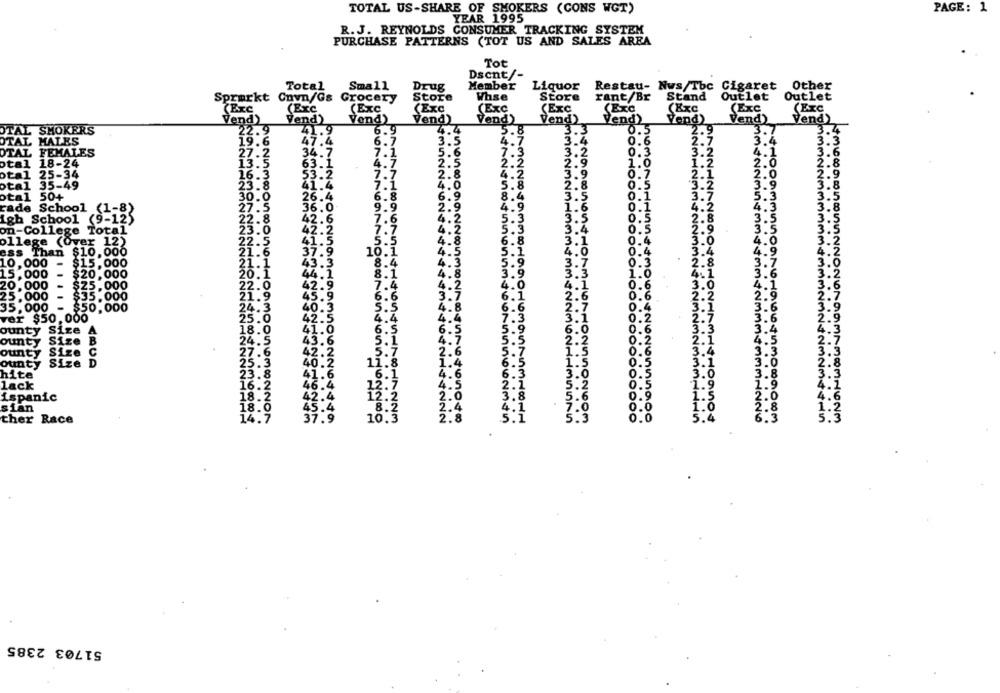
TOTAL US-SHARE OF SMOKERS (CONS WGT)
PAGE: 1
YEAR 1995
R. J. REYNOLDS CONSUMER TRACKING SYSTEM
PURCHASE PATTERNS (TOT US AND SALES AREA
Tot
Dscnt/-
Total
Small
Drug
Member
Liquor
Restau- Nws/Tbc Cigaret
Other
Store
Whse
Store
rant/Br
Stand
Outlet
Outlet
Sprarkt Cnvn/Gs Grocery
(Exc
(Exc
(Exc
(Exc
(Exc
(Exc
Exc
(Exc
(ExC
(Exc
Vend)
Vend)
Vend)
Vend)
Vend)
Vend)
Vend)
Vend)
Vend)
Vend)
OTAL SMOKERS
22.9
441.9
6.9
5.
3
33
0.5
2.9
3.7
3.4
7
3.4
OTAL MALES
19.6
47.4
6.7
3.5
0.6
2.7
3.3
OTAL FEMALES
27.2
34.7
7.1
5.6
7.3
3.2
0.3
3.2
3.6
otal 18-24
13.5
63.1
4.7
2.5
:2
2.9
1.0
1.2
2.0
2.8
3.9
2.1
otal 25-34
16.3
53.2
7.7
2.8
0.7
2.0
otal 35-49
23.8
41.4
7.1
4.0
5.8
2.8
0.5
3.2
3.9
otal 50+
30.0
26.4
6.8
6.9
8.
3.5
0.1
3.
27.5
36.0
9.9
2.9
4.
0.1
4.2
4.3
.8
rade School (1-8)
1.6
igh School (9-12)
22.8
42.6
7.6
4.
3.5
0 .!
1.8
3.
3.5
42.2
4.
3.4
3.3
on-College Total
23.0
ollege (Over 12)
22.5
41.5
4.8
6.8
3.1
4.0
3.5
4.5
.4
4.5
ess Than
$10,000
21.6
7.9
10.1
5.1
4.0
10,000
$15.000
21.1
43.3
8.4
4.
3.7
2.8
3.7
3.0
3.3
15,000
$20,000
8.1
1.9
3
4.1
3.6
2
4.0
0.6
3.0
4
20,000
$25,000
7.4
25.000
$35.000
21.9
5
6.6
6.1
2.6
0.6
2.
2.
35,000
$50,000
24.
O
Š.5
4
.8
6.6
ver $50,000
4.4
4.6
7.3
0.2
2.
3.6
ounty
Size A
0
6.5
6.5
0.
3.3
3.4
ounty Size
R
6
5.1
2.1
4.5
..
ounty Size
C
27
5.7
2.6
3.4
3.3
3.1
ounty Size D
25.
1.
hite
23
3.0
3.8
.3
093005638
lack
16.2
46
0.5
OOOO
1.
1.9
18.2
62
4
2.0
ispanic
1 .!
sian
18
INO
4
1993506224444
0.0
ther Race
14
7
37
9
2.8
0.0
5.4
mmmmmm+mmmomNtommETT-in
51703 2385